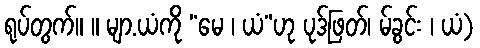
ရုပ်တွက်။ ။ မျာ.ယံကို “မေ ၊ ယံ”ဟု ပုဒ်ဖြတ်၊ မ်ခွင်း ၊ ယံ)